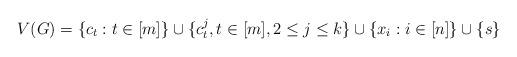
LaTeX: \begin{align*}V(G)=\{c_t: t\in [m]\}\cup \{c^j_t,t\in [m], 2\leq j\leq k \}\cup \{x_i: i\in [n]\}\cup \{s\}\end{align*}